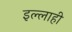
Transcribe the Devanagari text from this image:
इल्लाही